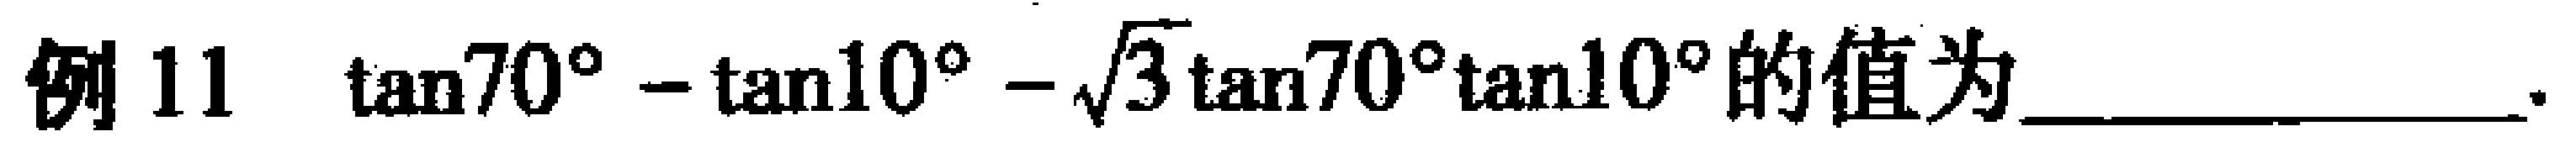
例 11 $\tan70^{\circ}-\tan10^{\circ}-\sqrt{3}\tan70^{\circ}\tan10^{\circ}$的值为 ____________.